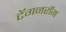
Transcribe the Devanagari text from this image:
टॅगनरॉग